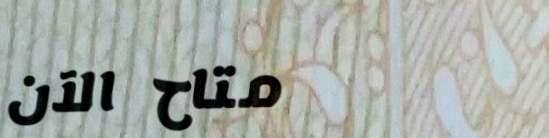
متاح الآن